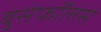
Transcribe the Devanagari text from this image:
बुसेफॉलस